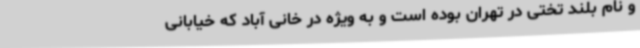
و نام بلند تختی در تهران بوده است و به ویژه در خانی آباد که خیابانی